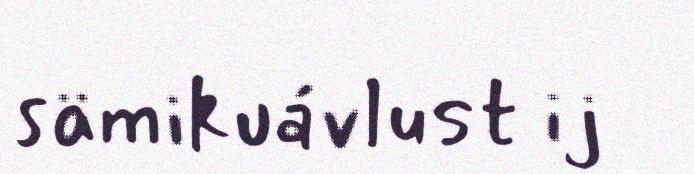
sämikuávlust ij